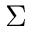
\Sigma